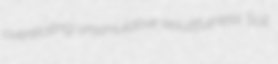
overelating unsimulative resultfulness Soll